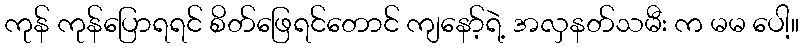
ကုန် ကုန်ပြောရရင် စိတ်ဖြေရင်တောင် ကျနော့်ရဲ့ အလှနတ်သမီး က မမ ပေါ့။